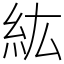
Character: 紘